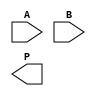
module unfolded_wallace_tree_multiplier #(parameter A_WIDTH = 4, B_WIDTH = 4)(
    input [A_WIDTH-1:0] A,
    input [B_WIDTH-1:0] B,
    output reg [A_WIDTH + B_WIDTH - 1:0] P
);

    // Partial product generation
    wire [A_WIDTH-1:0] pp[B_WIDTH-1:0];
    genvar i;
    generate
        for (i = 0; i < B_WIDTH; i = i + 1) begin : pp_gen
            assign pp[i] = A & {A_WIDTH{B[i]}};
        end
    endgenerate

    // Intermediate wires for Wallace tree reduction
    wire [A_WIDTH + B_WIDTH - 1:0] sum_stage1 [0:(B_WIDTH/2)-1];
    wire [A_WIDTH + B_WIDTH - 1:0] carry_stage1 [0:(B_WIDTH/2)-1];
    
    // Stage 1: Combine partial products using half adders and full adders
    generate
        for (i = 0; i < B_WIDTH/2; i = i + 1) begin : stage1
            if (i < B_WIDTH/2 - 1) begin
                // Full adder for pairs of partial products
                assign {carry_stage1[i], sum_stage1[i]} = pp[2*i] + pp[2*i + 1];
            end else begin
                // Last partial product remains
                assign sum_stage1[i] = pp[2*i];
                assign carry_stage1[i] = 0;
            end
        end
    endgenerate

    // Intermediate wires for Stage 2
    wire [A_WIDTH + B_WIDTH - 1:0] sum_stage2 [0:(B_WIDTH/4)-1];
    wire [A_WIDTH + B_WIDTH - 1:0] carry_stage2 [0:(B_WIDTH/4)-1];

    // Stage 2: Combine results from Stage 1
    generate
        for (i = 0; i < (B_WIDTH/4); i = i + 1) begin : stage2
            if (i < (B_WIDTH/4) - 1) begin
                assign {carry_stage2[i], sum_stage2[i]} = sum_stage1[2*i] + sum_stage1[2*i + 1] + carry_stage1[2*i] + carry_stage1[2*i + 1];
            end else begin
                assign sum_stage2[i] = sum_stage1[2*i];
                assign carry_stage2[i] = carry_stage1[2*i];
            end
        end
    endgenerate

    // Final stage: Combine last two sums
    always @(*) begin
        P = sum_stage2[0] + sum_stage2[1] + carry_stage2[0] + carry_stage2[1];
    end

endmodule